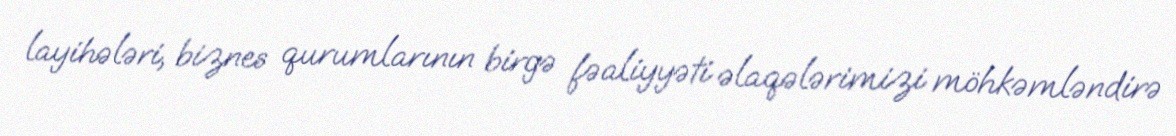
layihələri, biznes qurumlarının birgə fəaliyyəti əlaqələrimizi möhkəmləndirə